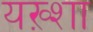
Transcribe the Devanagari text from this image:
यख़्शा